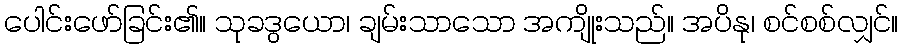
ပေါင်းဖော်ခြင်း၏။ သုခဒွယော၊ ချမ်းသာသော အကျိုးသည်။ အပိနု၊ စင်စစ်လျှင်။